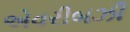
એવરીબઝી